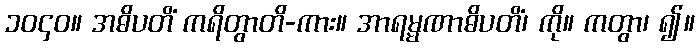
၁၀၄၀။ အဓိပတိံ ကရိတွာတိ-ကား။ အာရမ္မဏာဓိပတိံ၊ ကို။ ကတွာ၊ ၍။